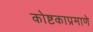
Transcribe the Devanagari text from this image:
कोष्टकाप्रमाणे